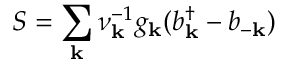
S = \sum _ { \mathbf { k } } \nu _ { \mathbf { k } } ^ { - 1 } g _ { \mathbf { k } } ( b _ { \mathbf { k } } ^ { \dagger } - b _ { - \mathbf { k } } )